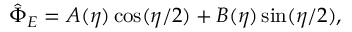
\begin{array} { r } { \hat { \Phi } _ { E } = A ( \eta ) \cos ( \eta / 2 ) + B ( \eta ) \sin ( \eta / 2 ) , } \end{array}